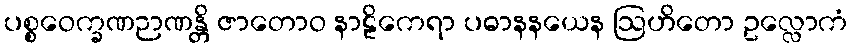
ပစ္စဝေက္ခဏဉာဏန္တိ ဇာတောဝ နာဠိကေရာ ပဓာနနယေန ဩဟိတော ဥလ္လောကံ